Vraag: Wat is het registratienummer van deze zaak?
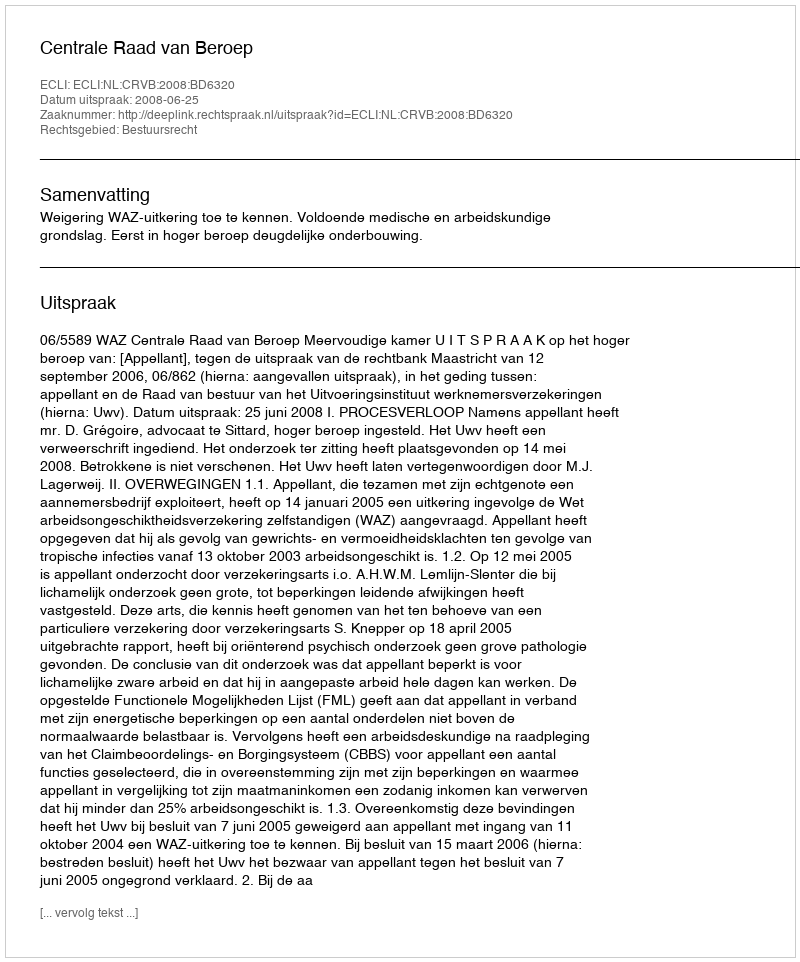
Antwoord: http://deeplink.rechtspraak.nl/uitspraak?id=ECLI:NL:CRVB:2008:BD6320